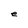
Character: e